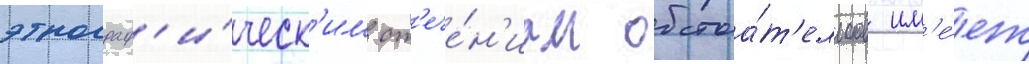
этнограф'и́ческ'им ст'ече́н'иам обстоа́т'ельств им'е́ет